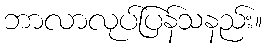
ဘာလာလုပ်ပြန်သနည်း။